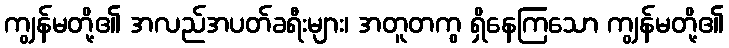
ကျွန်မတို့၏ အလည်အပတ်ခရီးများ၊ အတူတကွ ရှိနေကြသော ကျွန်မတို့၏